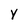
Character: Y